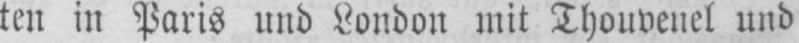
ten in Paris und London mit Thouvenel und